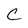
Character: C